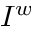
I ^ { w }